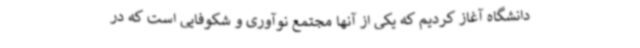
دانشگاه آغاز کردیم که یکی از آنها مجتمع نوآوری و شکوفایی است که در